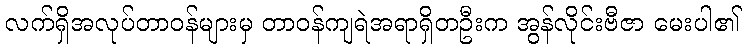
လက်ရှိအလုပ်တာဝန်များမှ တာဝန်ကျရဲအရာရှိတဦးက အွန်လိုင်းဗီဇာ မေးပါ၏